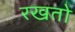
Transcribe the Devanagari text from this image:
रखतो